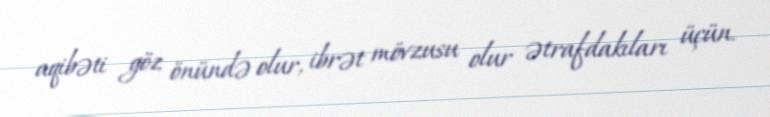
aqibəti göz önündə olur, ibrət mövzusu olur ətrafdakıları üçün.